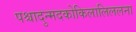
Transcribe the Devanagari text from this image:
पश्चादुन्मदकोकिलालिललना